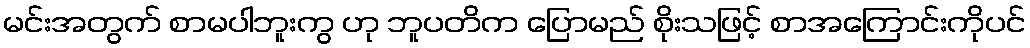
မင်းအတွက် စာမပါဘူးကွ ဟု ဘူပတိက ပြောမည် စိုးသဖြင့် စာအကြောင်းကိုပင်